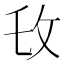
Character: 𫾧